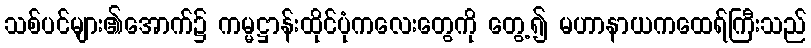
သစ်ပင်များ၏အောက်၌ ကမ္မဋ္ဌာန်းထိုင်ပုံကလေးတွေကို တွေ့၍ မဟာနာယကထေရ်ကြီးသည်